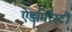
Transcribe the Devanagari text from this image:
ऐडमिरैस्टी